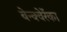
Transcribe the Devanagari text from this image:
बेन्क्वेरेंका